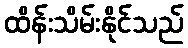
ထိန်းသိမ်းနိုင်သည်